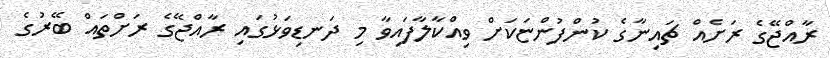
ރާއްޖޭގެ ރަށެއް ޗައިނާގެ ކުންފުންޏަކަށް ވިއްކާލާފައިވާ މި ދަނޑިވަޅުގައި ރާއްޖޭގެ ރަށްތައް ބޭރުގެ